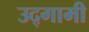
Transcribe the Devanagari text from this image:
उद्‌गामी